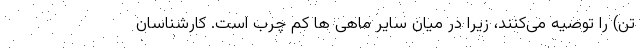
تن) را توصیه می‌کنند، زیرا در میان سایر ماهی ها کم چرب است. کارشناسان